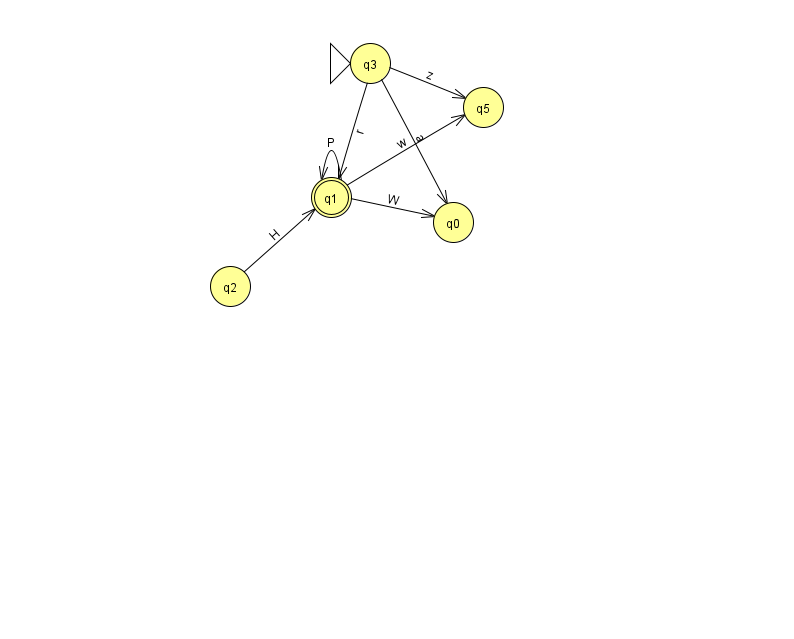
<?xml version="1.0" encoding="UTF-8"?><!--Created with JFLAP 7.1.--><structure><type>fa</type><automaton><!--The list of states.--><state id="0" name="q0"><x>453.0</x><y>209.0</y></state><state id="1" name="q1"><x>331.0</x><y>184.0</y><final/></state><state id="2" name="q2"><x>230.0</x><y>273.0</y></state><state id="3" name="q3"><x>370.0</x><y>50.0</y><initial/></state><state id="5" name="q5"><x>483.0</x><y>94.0</y></state><!--The list of transitions.--><transition><from>1</from><to>1</to><read>P</read></transition><transition><from>2</from><to>1</to><read>H</read></transition><transition><from>3</from><to>1</to><read>r</read></transition><transition><from>1</from><to>5</to><read>w</read></transition><transition><from>3</from><to>0</to><read>a</read></transition><transition><from>3</from><to>5</to><read>z</read></transition><transition><from>1</from><to>0</to><read>W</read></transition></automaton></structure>